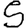
Digit: 5